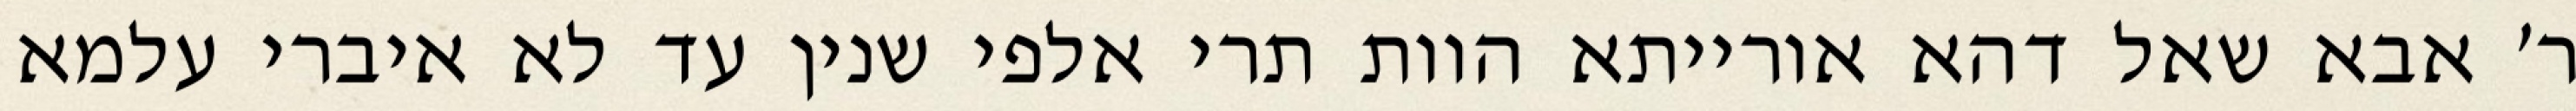
ר׳ אבא שאל דהא אורייתא הוות תרי אלפי שנין עד לא איברי עלמא